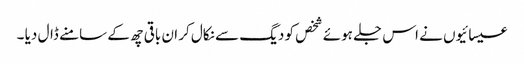
عیسائیوں نے اس جلے ہوئے شخص کو دیگ سے نکال کر ان باقی چھ کے سامنے ڈال دیا ۔